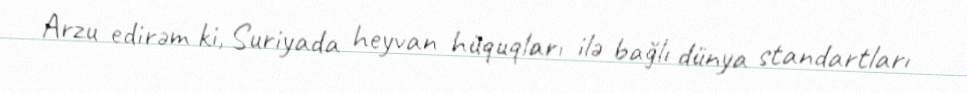
Arzu edirəm ki, Suriyada heyvan hüquqları ilə bağlı dünya standartları